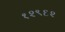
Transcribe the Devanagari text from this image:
१२९६२